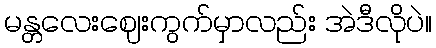
မန္တလေးဈေးကွက်မှာလည်း အဲဒီလိုပဲ။